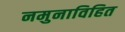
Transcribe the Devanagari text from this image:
नमुनाविहित